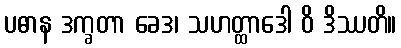
ပဓာန ဒက္ခတာ ခေဒ၊ သဟတ္ထာဒေါ ဝိ ဒိဿတိ။